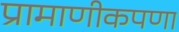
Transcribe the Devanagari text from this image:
प्रामाणीकपणा